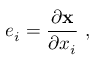
e _ { i } = \frac { \partial \ensuremath { \mathbf { x } } } { \partial x _ { i } } \ ,